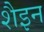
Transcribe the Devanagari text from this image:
शैइन